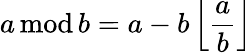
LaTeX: a\, \mathrm{mod}\, b=a-b\left\lfloor{\frac{a}{b}}\right\rfloor